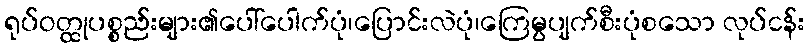
ရုပ်ဝတ္ထုပစ္စည်းများ၏ပေါ်ပေါက်ပုံ၊ပြောင်းလဲပုံ၊ကြေမွပျက်စီးပုံစသော လုပ်ငန်း